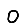
Digit: 0